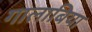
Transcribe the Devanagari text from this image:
गालाबिया